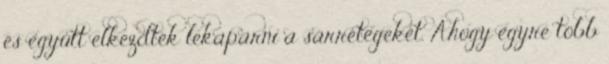
és együtt elkezdték lekaparni a sárrétegeket. Ahogy egyre több